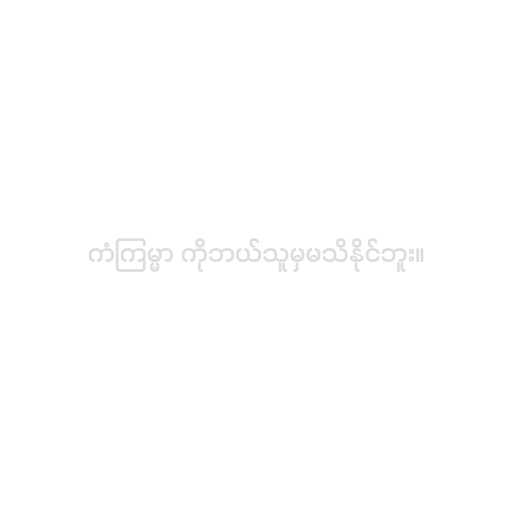
ကံကြမ္မာ ကိုဘယ်သူမှမသိနိုင်ဘူး။